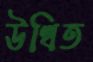
উত্থিত